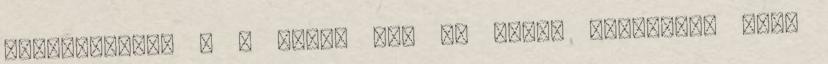
átvonszolása , . lehet még az ukrán Perenisz, vagy